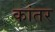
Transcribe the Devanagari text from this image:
कांतर